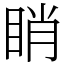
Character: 睄